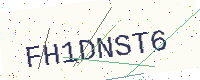
Text: FH1DNST6